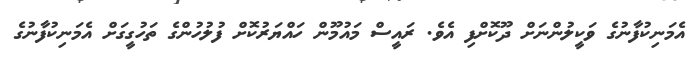
އެމަނިކުފާނުގެ ވަކީލުންނަށް ދޫކޮށްފި އެވެ. ރައީސް މައުމޫން ހައްޔަރުކޮށް ފުލުހުންގެ ތަހުގީގަށް އެމަނިކުފާނުގެ